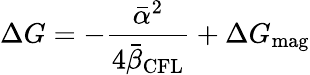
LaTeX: \Delta G=-\frac{{\bar{\alpha}}^{2}}{4{\bar{\beta}}_{\mathrm{CFL}}}+\Delta G_{\mathrm{mag}}